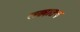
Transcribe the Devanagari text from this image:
लढ्यातच